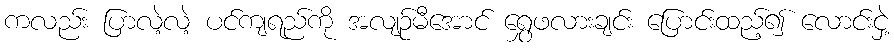
ကလည်း ပြာလဲ့လဲ့ ပင်ကျရည်ကို အလျဉ်မီအောင် ရွှေဖလားချင်း ပြောင်းထည့်၍ လောင်းငှဲ့